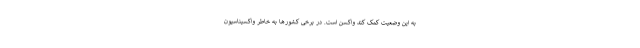
به این وضعیت کمک کند واکسن است. در برخی کشورها به خاطر واکسیناسیون